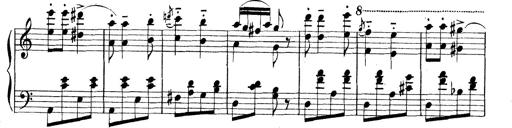
Title: Rapsodie: 19 ungheresi, 1 spagnuola
Composer: Franz Liszt